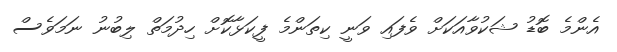
އެންމެ ބޮޑު ޝަކުވާއަކަށް ވެފައި ވަނީ ކިތަންމެ ފީކަޅާކޮށް ހިދުމަތް ލިބުނު ނަމަވެސް